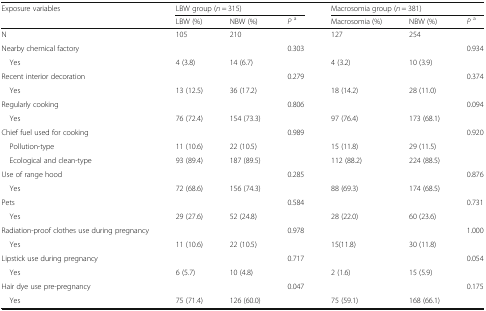
<table><thead><tr><td rowspan="2"><b>Exposure variables</b></td><td colspan="3"><b>LBW group (<i>n</i> = 315)</b></td><td colspan="3"><b>Macrosomia group (<i>n</i> = 381)</b></td></tr><tr><td><b>LBW (%)</b></td><td><b>NBW (%)</b></td><td><b><i>P</i><sup>a</sup></b></td><td><b>Macrosomia (%)</b></td><td><b>NBW (%)</b></td><td><b><i>P</i><sup>a</sup></b></td></tr></thead><tbody><tr><td>N</td><td>105</td><td>210</td><td></td><td>127</td><td>254</td><td></td></tr><tr><td>Nearby chemical factory</td><td></td><td></td><td>0.303</td><td></td><td></td><td>0.934</td></tr><tr><td> Yes</td><td>4 (3.8)</td><td>14 (6.7)</td><td></td><td>4 (3.2)</td><td>10 (3.9)</td><td></td></tr><tr><td>Recent interior decoration</td><td></td><td></td><td>0.279</td><td></td><td></td><td>0.374</td></tr><tr><td> Yes</td><td>13 (12.5)</td><td>36 (17.2)</td><td></td><td>18 (14.2)</td><td>28 (11.0)</td><td></td></tr><tr><td>Regularly cooking</td><td></td><td></td><td>0.806</td><td></td><td></td><td>0.094</td></tr><tr><td> Yes</td><td>76 (72.4)</td><td>154 (73.3)</td><td></td><td>97 (76.4)</td><td>173 (68.1)</td><td></td></tr><tr><td>Chief fuel used for cooking</td><td></td><td></td><td>0.989</td><td></td><td></td><td>0.920</td></tr><tr><td> Pollution-type</td><td>11 (10.6)</td><td>22 (10.5)</td><td></td><td>15 (11.8)</td><td>29 (11.5)</td><td></td></tr><tr><td> Ecological and clean-type</td><td>93 (89.4)</td><td>187 (89.5)</td><td></td><td>112 (88.2)</td><td>224 (88.5)</td><td></td></tr><tr><td>Use of range hood</td><td></td><td></td><td>0.285</td><td></td><td></td><td>0.876</td></tr><tr><td> Yes</td><td>72 (68.6)</td><td>156 (74.3)</td><td></td><td>88 (69.3)</td><td>174 (68.5)</td><td></td></tr><tr><td>Pets</td><td></td><td></td><td>0.584</td><td></td><td></td><td>0.731</td></tr><tr><td> Yes</td><td>29 (27.6)</td><td>52 (24.8)</td><td></td><td>28 (22.0)</td><td>60 (23.6)</td><td></td></tr><tr><td>Radiation-proof clothes use during pregnancy</td><td></td><td></td><td>0.978</td><td></td><td></td><td>1.000</td></tr><tr><td> Yes</td><td>11 (10.6)</td><td>22 (10.5)</td><td></td><td>15(11.8)</td><td>30 (11.8)</td><td></td></tr><tr><td>Lipstick use during pregnancy</td><td></td><td></td><td>0.717</td><td></td><td></td><td>0.054</td></tr><tr><td> Yes</td><td>6 (5.7)</td><td>10 (4.8)</td><td></td><td>2 (1.6)</td><td>15 (5.9)</td><td></td></tr><tr><td>Hair dye use pre-pregnancy</td><td></td><td></td><td>0.047</td><td></td><td></td><td>0.175</td></tr><tr><td> Yes</td><td>75 (71.4)</td><td>126 (60.0)</td><td></td><td>75 (59.1)</td><td>168 (66.1)</td><td></td></tr></tbody></table>